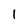
Character: 1